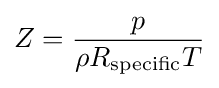
Z={\frac {p}{\rho R_{\text{specific}}T}}